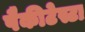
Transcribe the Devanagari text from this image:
पैकीटेस्टा